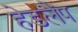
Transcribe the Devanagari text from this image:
हेडलैंप